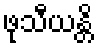
ဖုသီယန္တိ